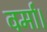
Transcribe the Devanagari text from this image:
वर्मा।